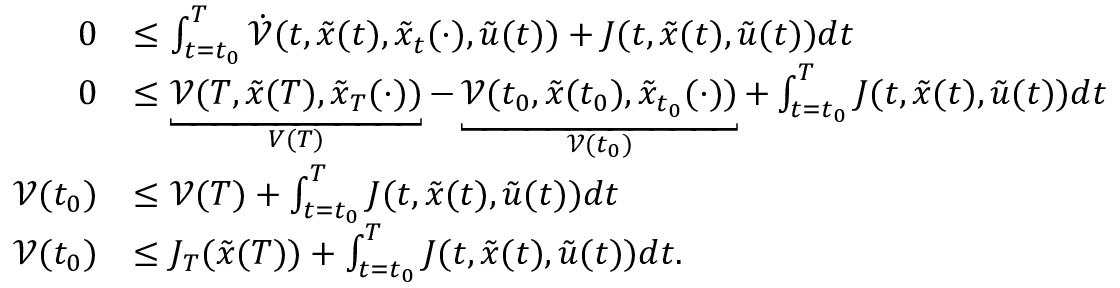
\begin{array} { r l } { 0 } & { \leq \int _ { t = t _ { 0 } } ^ { T } \dot { \mathcal { V } } ( t , \tilde { x } ( t ) , \tilde { x } _ { t } ( \cdot ) , \tilde { u } ( t ) ) + J ( t , \tilde { x } ( t ) , \tilde { u } ( t ) ) d t } \\ { 0 } & { \leq \underbracket { \mathcal { V } ( T , \tilde { x } ( T ) , \tilde { x } _ { T } ( \cdot ) ) } _ { V ( T ) } - \underbracket { \mathcal { V } ( t _ { 0 } , \tilde { x } ( t _ { 0 } ) , \tilde { x } _ { t _ { 0 } } ( \cdot ) ) } _ { \mathcal { V } ( t _ { 0 } ) } + \int _ { t = t _ { 0 } } ^ { T } J ( t , \tilde { x } ( t ) , \tilde { u } ( t ) ) d t } \\ { \mathcal { V } ( t _ { 0 } ) } & { \leq \mathcal { V } ( T ) + \int _ { t = t _ { 0 } } ^ { T } J ( t , \tilde { x } ( t ) , \tilde { u } ( t ) ) d t } \\ { \mathcal { V } ( t _ { 0 } ) } & { \leq J _ { T } ( \tilde { x } ( T ) ) + \int _ { t = t _ { 0 } } ^ { T } J ( t , \tilde { x } ( t ) , \tilde { u } ( t ) ) d t . } \end{array}